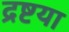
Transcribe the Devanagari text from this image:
द्रष्टया